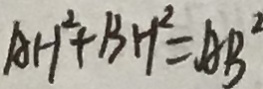
A H ^ { 2 } + B H ^ { 2 } = A B ^ { 2 }